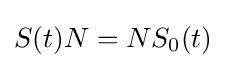
S(t)N=NS_{0}(t)